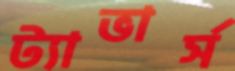
ট্যাভার্স